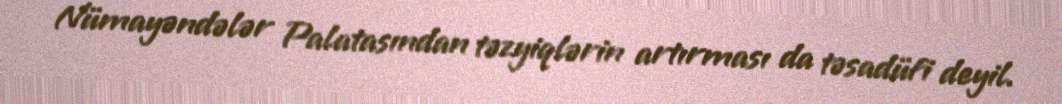
Nümayəndələr Palatasından təzyiqlərin artırması da təsadüfi deyil.